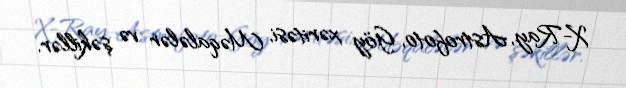
X-Ray, Astrofoto, Göy xəritəsi, Məqalələr və şəkillər.